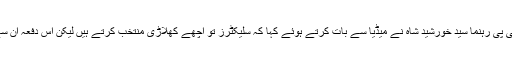
رپورٹ کے مطابق پی پی رہنما سید خورشید شاہ نے میڈیا سے بات کرتے ہوئے کہا کہ سلیکٹرز تو اچھے کھلاڑی منتخب کرتے ہیں لیکن اس دفعہ ان سے بڑی غلطی ہوگئی۔